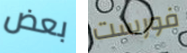
بعض فورست